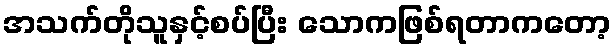
အသက်တိုသူနှင့်စပ်ပြီး သောကဖြစ်ရတာကတော့